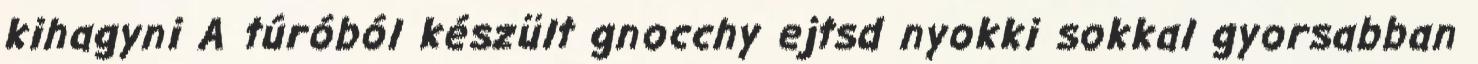
kihagyni A túróból készült gnocchy ejtsd nyokki sokkal gyorsabban